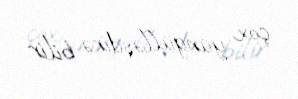
çox yüngülləşdirə bilir.